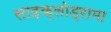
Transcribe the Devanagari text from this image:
साइक्लोड्रामा